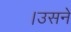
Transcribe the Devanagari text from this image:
।उसने